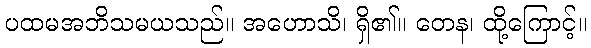
ပထမအဘိသမယသည်။ အဟောသိ၊ ရှိ၏။ တေန၊ ထို့ကြောင့်။